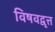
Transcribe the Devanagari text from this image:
विषवद्वृत्त